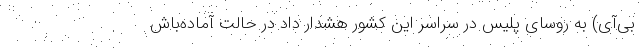
‌بی‌آی) به روسای پلیس در سراسر این کشور هشدار داد در حالت آماده‌باش